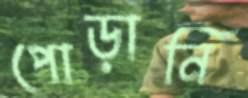
পোড়ানি